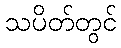
သပိတ်တွင်